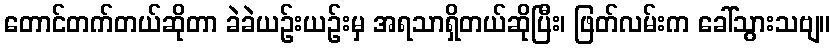
တောင်တက်တယ်ဆိုတာ ခဲခဲယဉ်းယဉ်းမှ အရသာရှိတယ်ဆိုပြီး၊ ဖြတ်လမ်းက ခေါ်သွားသဗျ။